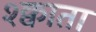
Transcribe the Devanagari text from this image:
श्क्वाता